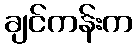
ချင်ကန်းက